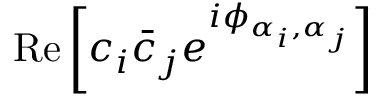
\mathrm { R e } \left[ c _ { i } \bar { c } _ { j } e ^ { i \phi _ { \alpha _ { i } , \alpha _ { j } } } \right]